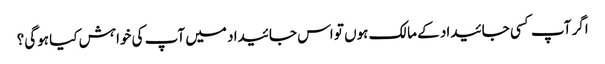
اگر آپ کسی جائیداد کے مالک ہوں تو اس جائیداد میں آپ کی خواہش کیا ہوگی؟